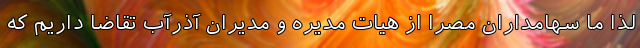
لذا ما سهامداران مصراً از هیات مدیره و مدیران آذرآب تقاضا داریم که